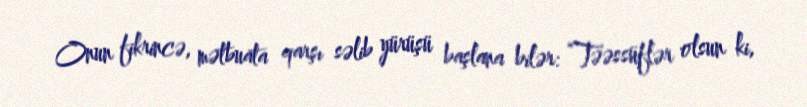
Onun fikrincə, mətbuata qarşı səlib yürüşü başlana bilər: “Təəssüflər olsun ki,